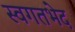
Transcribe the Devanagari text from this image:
स्वगतभेद